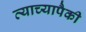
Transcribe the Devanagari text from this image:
त्याच्यापैकी